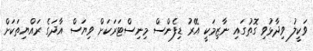
ވަކީލު ވިދާޅުވި ގޮތުގައި ނާޒިމަކީ އޭރު ޑިފެންސް މިނިސްޓަރަކަށް ވިޔަސް އާދަގެ ރައްޔިތަކަށް